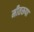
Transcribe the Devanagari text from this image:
मीतरूपा